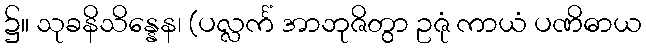
၌။ သုခနိသိန္နေန၊ (ပလ္လင်္ကံ အာဘုဇိတွာ ဥဇုံ ကာယံ ပဏိဓာယ